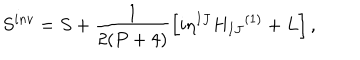
S ^ { i n v } = S + \frac { 1 } { 2 ( P + 4 ) } \left[ i { \eta } ^ { I J } { H _ { I J } } ^ { ( 1 ) } + L \right] ,